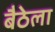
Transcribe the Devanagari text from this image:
बैठेला